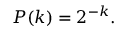
P ( k ) = 2 ^ { - k } .